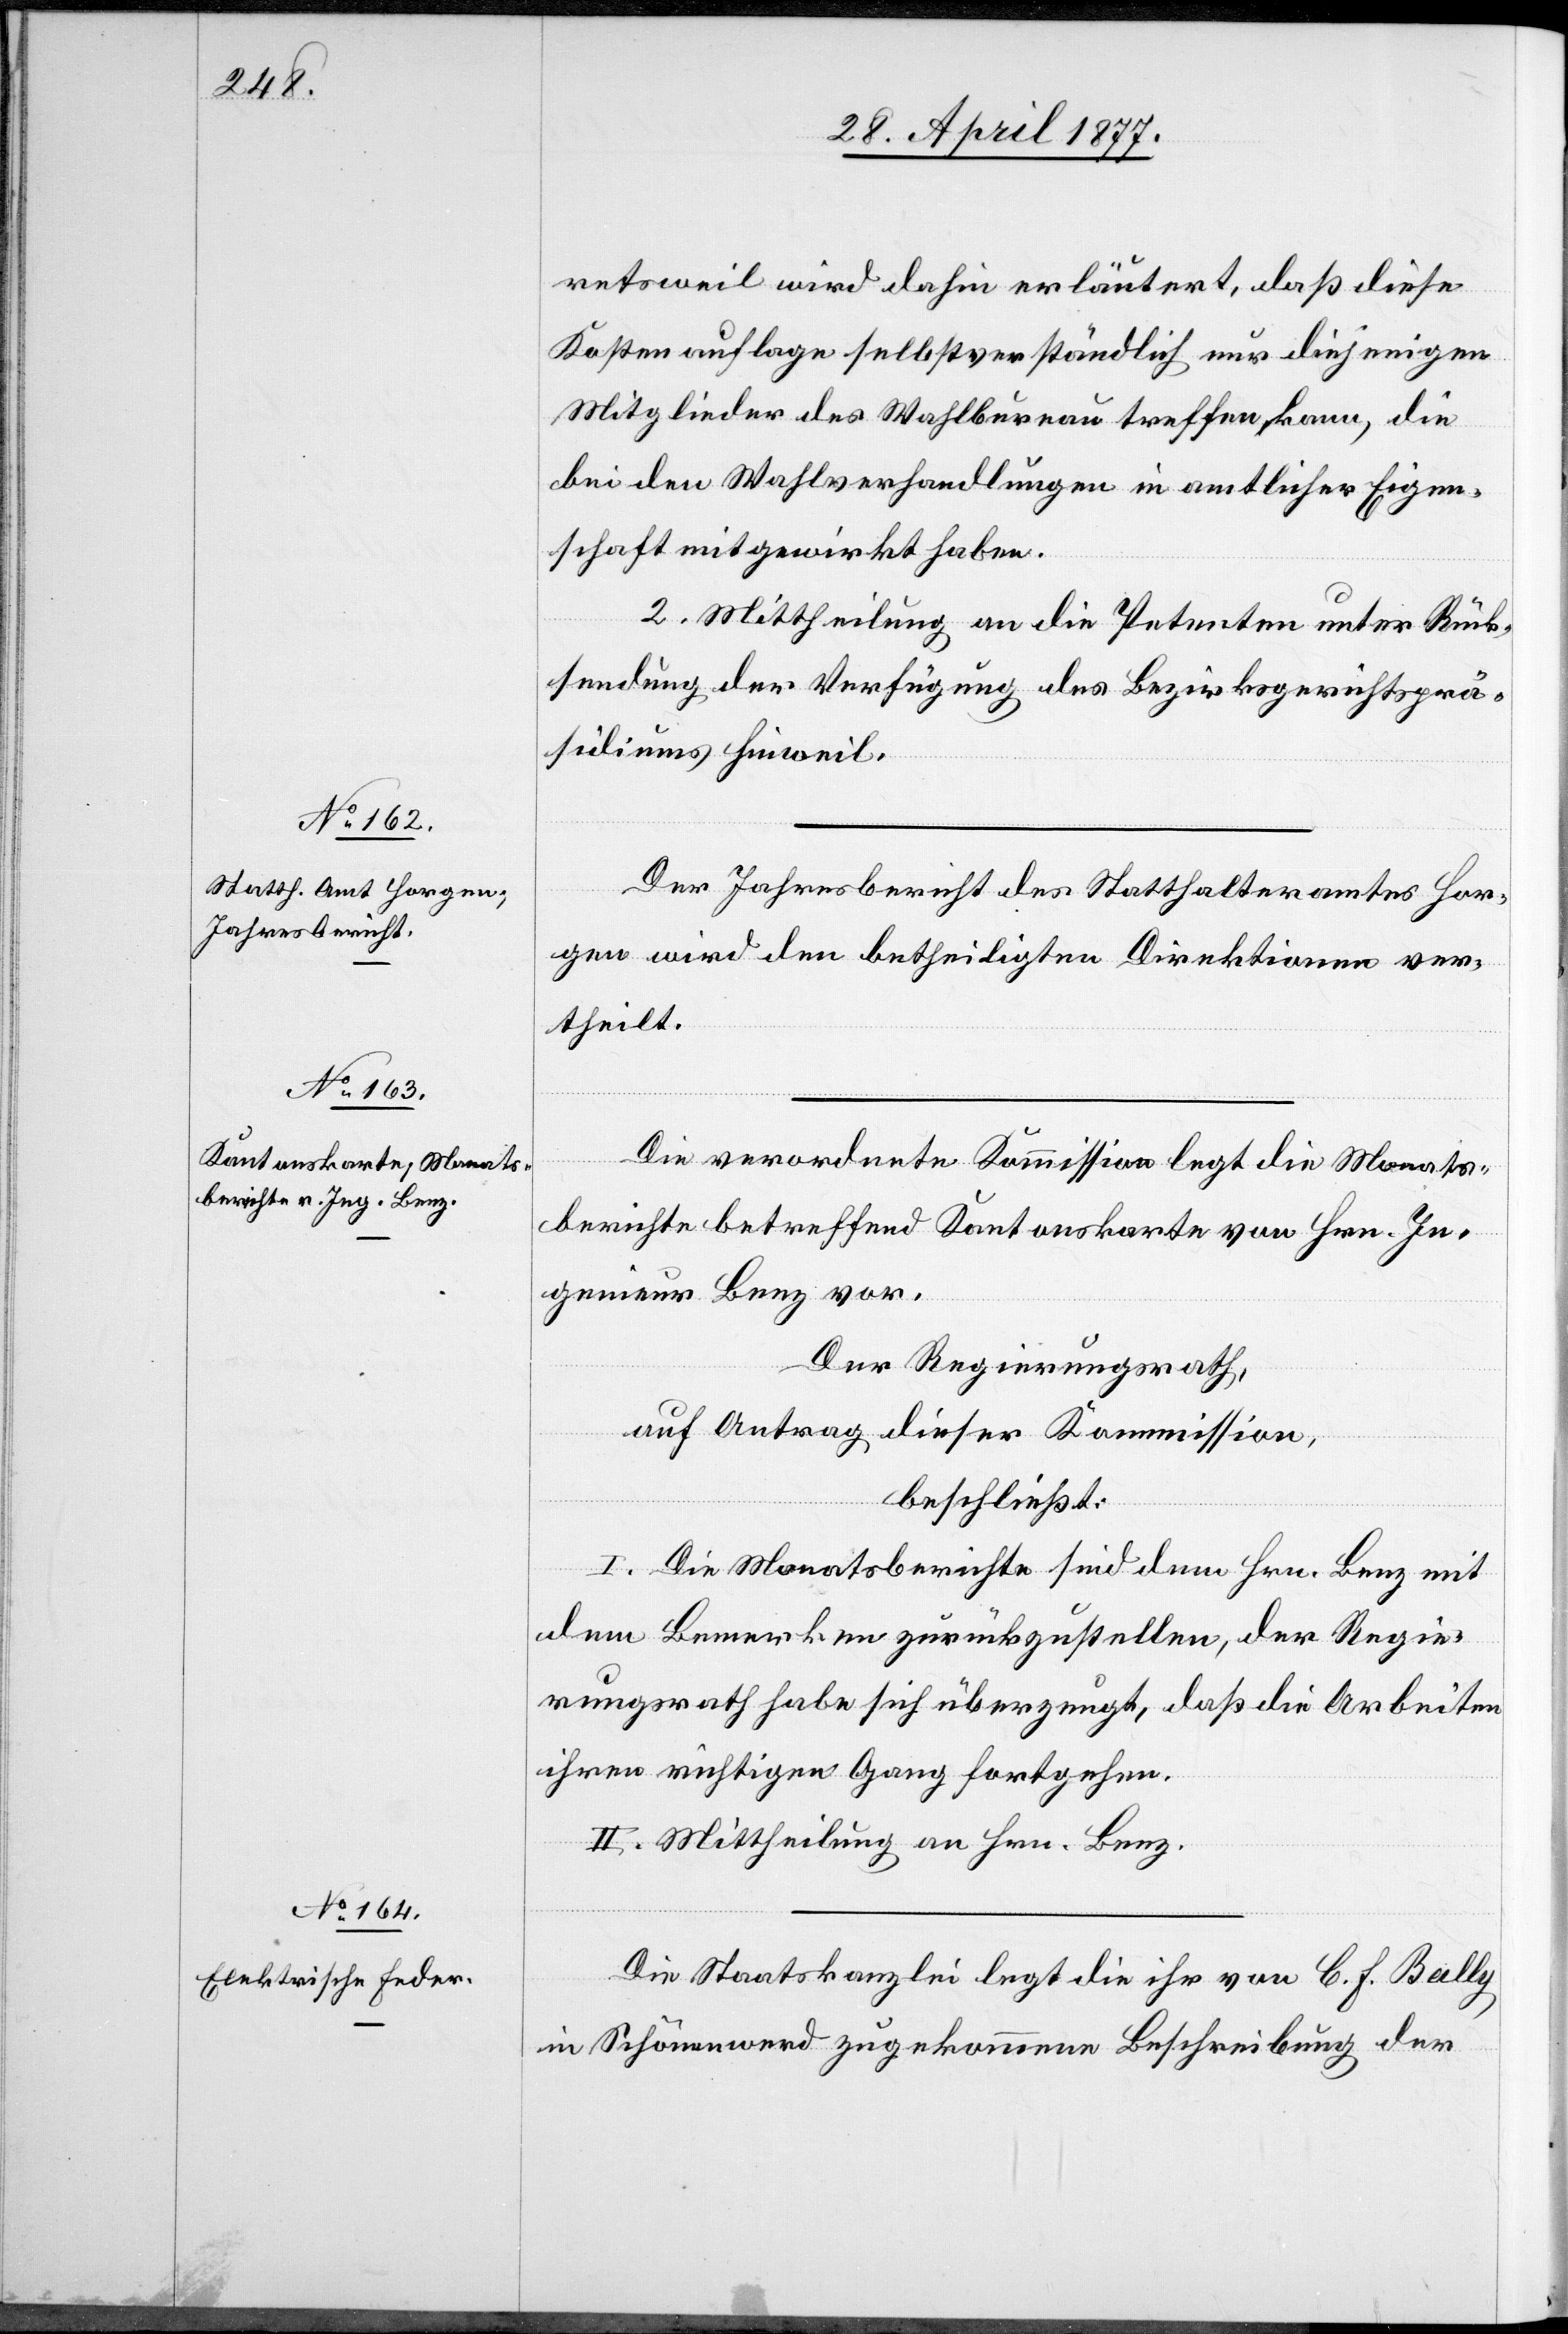
retsweil wird dahin erläutert, daß diese
Kostenauflage selbstverständlich nur diejenigen
Mitglieder des Wahlbureau treffen kann, die
bei den Wahlverhandlungen in amtlicher Eigen¬
schaft mitgewirkt haben.
2. Mittheilung an die Petenten unter Rück¬
sendung der Verfügung des Bezirksgerichtsprä¬
sidiums Hinweil.
Der Jahresbericht des Statthalteramtes Hor¬
gen wird den betheiligten Direktionen ver¬
theilt.
Die verordnete Kommission legt die Monats¬
berichte betreffend Kantonskarte von Hrn. In¬
genieur Benz vor.
Der Regierungsrath,
auf Antrag dieser Kommission,
beschließt:
I. Die Monatsberichte sind dem Hrn. Benz mit
dem Bemerken zurückzustellen, der Regie¬
rungsrath habe sich überzeugt, daß die Arbeiten
ihren richtigen Gang fortgehen.
II. Mittheilung an Hrn. Benz.
Die Staatskanzlei legt die ihr von C. F. Bally
in Schönenwerd zugekommene Beschreibung der